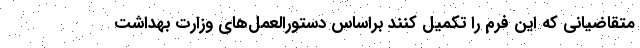
متقاضیانی که این فرم را تکمیل کنند براساس دستورالعمل‌های وزارت بهداشت